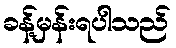
ခန့်မှန်းရပါသည်